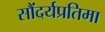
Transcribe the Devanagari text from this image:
सौंदर्यप्रतिमा